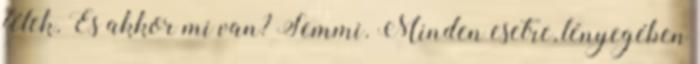
félek. És akkor mi van? Semmi. Minden esetre, lényegében